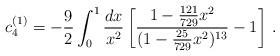
LaTeX: \begin{align*}c_4^{(1)} = -\frac{9}{2} \int_0^1 \frac{dx}{x^2} \left[\frac{1-\frac{121}{729} x^2}{ (1-\frac{25}{729} x^2)^{13}} -1 \right]\,.\end{align*}